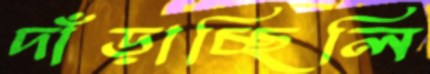
দাঁড়াচ্ছিলি